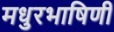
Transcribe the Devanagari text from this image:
मधुरभाषिणी